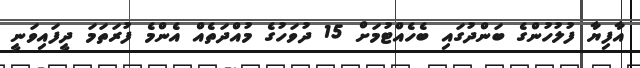
އާފިޔާ ފުލުހުންގެ ބަންދުގައި ބެހެއްޓުމަށް 15 ދުވަހުގެ މުއްދަތެއް އެންމެ ފުރަތަމަ ދީފައިވަނީ